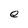
Character: e